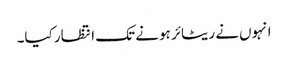
انہوں‌نے ریٹائر ہونے تک انتظار کیا۔